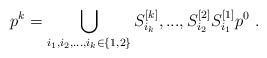
LaTeX: \begin{align*}p^k=\bigcup_{i_1,i_2,...,i_k\in \{1,2\}}S^{[k]}_{i_k},...,S^{[2]}_{i_2}S^{[1]}_{i_1}p^0\ .\end{align*}